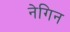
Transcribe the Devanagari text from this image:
नेगिन